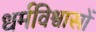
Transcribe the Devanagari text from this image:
धर्मविश्वासों